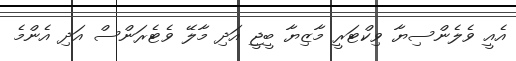
އެއީ ވެލެންސިޔާ ވިކްޓަރީ މާޒިޔާ ބީޖީ އަދި މާލޭ ވެޓެރަންސް އަދި އެންމެ